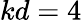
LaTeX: kd=4